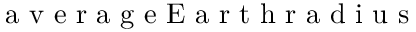
\mathrm { ~ a ~ v ~ e ~ r ~ a ~ g ~ e ~ E ~ a ~ r ~ t ~ h ~ r ~ a ~ d ~ i ~ u ~ s ~ }